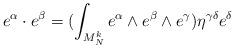
LaTeX: \begin{align*}e^{\alpha}\cdot e^{\beta}=(\int_{M_{N}^{k}}e^{\alpha}\wedge e^{\beta}\wedge e^{\gamma})\eta^{\gamma \delta}e^{\delta}\end{align*}